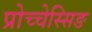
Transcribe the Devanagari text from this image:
प्रोच्चेस्सिङ